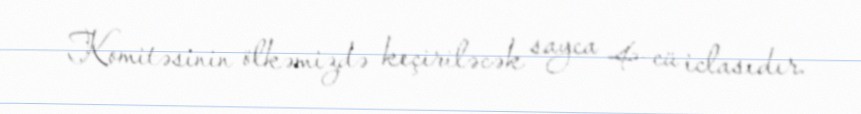
Komitəsinin ölkəmizdə keçiriləcək sayca 4-cü iclasıdır.